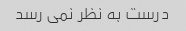
درست به نظر نمی رسد